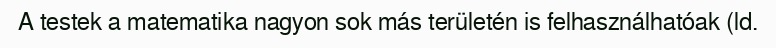
A testek a matematika nagyon sok más területén is felhasználhatóak (ld.